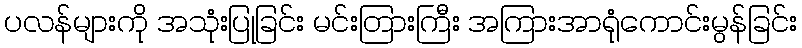
ပလန်များကို အသုံးပြုခြင်း မင်းတြားကြီး အကြားအာရုံကောင်းမွန်ခြင်း